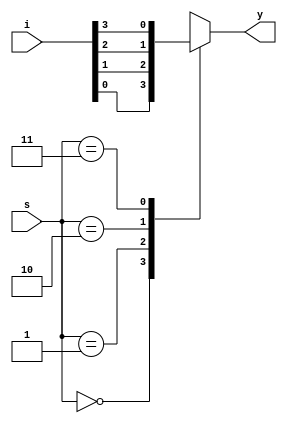
`timescale 1ns / 1ps
//////////////////////////////////////////////////////////////////////////////////
// Company: 
// Engineer: 
// 
// Design Name: 
// Module Name: Barrel_shifter_4bit
// Project Name: 
// Target Devices: 
// Tool Versions: 
// Description: 
// 
// Dependencies: 
// 
// Revision:
// Revision 0.01 - File Created
// Additional Comments:
// 
//////////////////////////////////////////////////////////////////////////////////

module mux_4x1(y,i,s);
input [3:0]i;
input [1:0]s;
output reg y;
always @(*)
case(s)
2'b00: y=i[0];
2'b01: y=i[1];
2'b10: y=i[2];
2'b11: y=i[3];
endcase
endmodule


module Barrel_shifter_4bit(Y,I,S);
input [3:0]I;
input [1:0]S;
output [3:0]Y;
mux_4x1 y0 (Y[0],I,S),
        y1 (Y[1],{I[0],I[3],I[2],I[1]},S),
        y2 (Y[2],{I[1],I[0],I[3],I[2]},S),
        y3 (Y[3],{I[2],I[1],I[0],I[3]},S);
endmodule